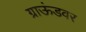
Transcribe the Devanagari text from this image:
ग्राऊंडवर